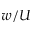
w / U